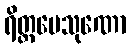
ရိတ္တပေသုဏော